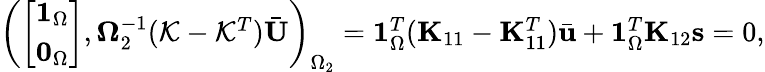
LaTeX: \begin{array}{r}{\left(\left[\begin{array}{l}{\mathbf{1}_{\Omega}}\\ {\mathbf{0}_{\Omega}}\end{array}\right],\boldsymbol{\Omega}_{2}^{-1}(\mathcal{K}-\mathcal{K}^{T})\bar{\mathbf{U}}\right)_{\Omega_{2}}=\mathbf{1}_{\Omega}^{T}(\mathbf{K}_{11}-\mathbf{K}_{11}^{T})\bar{\mathbf{u}}+\mathbf{1}_{\Omega}^{T}\mathbf{K}_{12}\mathbf{s}=0,}\end{array}